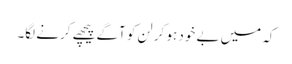
کہ میں بے خود ہو کر لن کو آگے پیچھے کرنے لگا۔